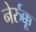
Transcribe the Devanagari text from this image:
नेर्रुक्कू